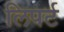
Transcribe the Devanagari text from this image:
लिपर्ट